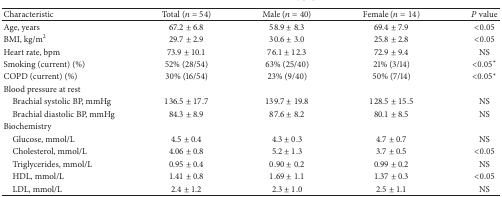
<table><thead><tr><td><b>Characteristic</b></td><td><b>Total (<i>n</i> = 54)</b></td><td><b>Male (<i>n</i> = 40)</b></td><td><b>Female (<i>n</i> = 14)</b></td><td><b><i>P</i> value</b></td></tr></thead><tbody><tr><td>Age, years</td><td>67.2 ± 6.8</td><td>58.9 ± 8.3</td><td>69.4 ± 7.9</td><td>&lt;0.05</td></tr><tr><td>BMI, kg/m<sup>2</sup></td><td>29.7 ± 2.9</td><td>30.6 ± 3.0</td><td>25.8 ± 2.8</td><td>&lt;0.05</td></tr><tr><td>Heart rate, bpm</td><td>73.9 ± 10.1</td><td>76.1 ± 12.3</td><td>72.9 ± 9.4</td><td>NS</td></tr><tr><td>Smoking (current) (%)</td><td>52% (28/54)</td><td>63% (25/40)</td><td>21% (3/14)</td><td>&lt;0.05<sup><i>∗</i></sup></td></tr><tr><td>COPD (current) (%)</td><td>30% (16/54)</td><td>23% (9/40)</td><td>50% (7/14)</td><td>&lt;0.05<sup><i>∗</i></sup></td></tr><tr><td colspan="5">Blood pressure at rest</td></tr><tr><td> Brachial systolic BP, mmHg</td><td>136.5 ± 17.7</td><td>139.7 ± 19.8</td><td>128.5 ± 15.5</td><td>NS</td></tr><tr><td> Brachial diastolic BP, mmHg</td><td>84.3 ± 8.9</td><td>87.6 ± 8.2</td><td>80.1 ± 8.5</td><td>NS</td></tr><tr><td colspan="5">Biochemistry</td></tr><tr><td> Glucose, mmol/L</td><td>4.5 ± 0.4</td><td>4.3 ± 0.3</td><td>4.7 ± 0.7</td><td>NS</td></tr><tr><td> Cholesterol, mmol/L</td><td>4.06 ± 0.8</td><td>5.2 ± 1.3</td><td>3.7 ± 0.5</td><td>&lt;0.05</td></tr><tr><td> Triglycerides, mmol/L</td><td>0.95 ± 0.4</td><td>0.90 ± 0.2</td><td>0.99 ± 0.2</td><td>NS</td></tr><tr><td> HDL, mmol/L</td><td>1.41 ± 0.8</td><td>1.69 ± 1.1</td><td>1.37 ± 0.3</td><td>&lt;0.05</td></tr><tr><td> LDL, mmol/L</td><td>2.4 ± 1.2</td><td>2.3 ± 1.0</td><td>2.5 ± 1.1</td><td>NS</td></tr></tbody></table>